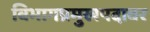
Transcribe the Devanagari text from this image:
विभागप्रमुखपदावर